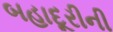
બહાદૂરીની